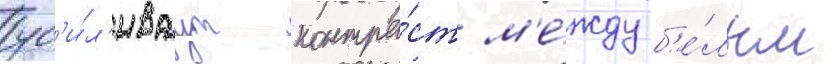
ус'и́л'иваут контра́ст м'е́жду б'е́лым